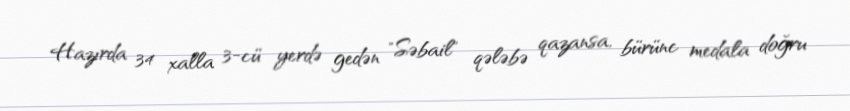
Hazırda 34 xalla 3-cü yerdə gedən "Səbail" qələbə qazansa, bürünc medala doğru